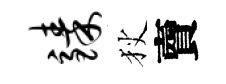
臻狄𧶠